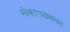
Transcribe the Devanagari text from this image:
मोकासदारावर